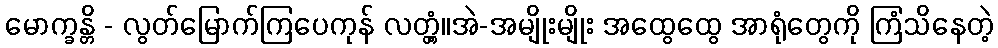
မောက္ခန္တိ - လွတ်မြောက်ကြပေကုန် လတ္တံ့။အဲ-အမျိုးမျိုး အထွေထွေ အာရုံတွေကို ကြံသိနေတဲ့